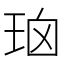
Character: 𰡹